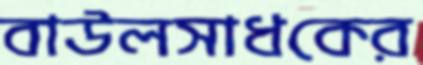
বাউলসাধকের